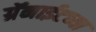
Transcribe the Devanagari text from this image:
ग्रॅनाईटच्या